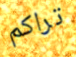
تراكم